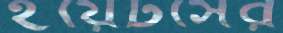
ইয়েটসের